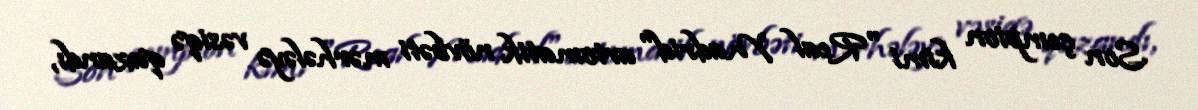
Son çempion kimi "Real Madrid" avtomatik növbəti mərhələyə vəsiqə qazandı,